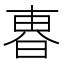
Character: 𣌼